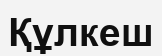
Құлкеш